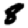
Digit: 8